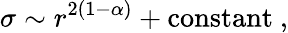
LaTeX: \sigma\sim r^{2(1-\alpha)}+\mathrm{constant}~,